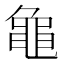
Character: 𬹝